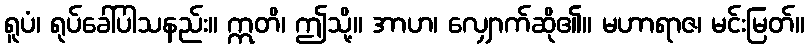
ရူပံ၊ ရုပ်ခေါ်ပါသနည်း။ ဣတိ၊ ဤသို့။ အာဟ၊ လျှောက်ဆို၏။ မဟာရာဇ၊ မင်းမြတ်။